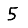
Digit: 5